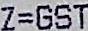
Z=GST